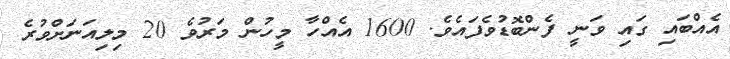
އެއްބައި ގައި ވަނީ ފެންބޮޑުވެފައެވެ. 1600 އެއްހާ މީހުން މަރުވެ 20 މިލިއަނަށްވުރެ